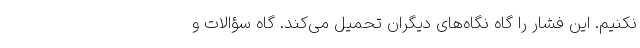
نکنیم. این فشار را گاه نگاه‌های دیگران تحمیل می‌کند. گاه سؤالات و